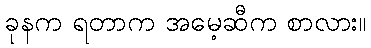
ခုနက ရတာက အမေ့ဆီက စာလား။